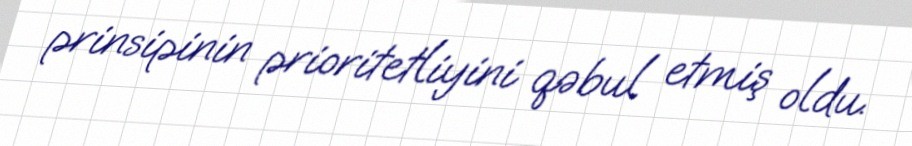
prinsipinin prioritetliyini qəbul etmiş oldu.